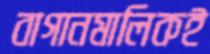
বাগানমালিকই